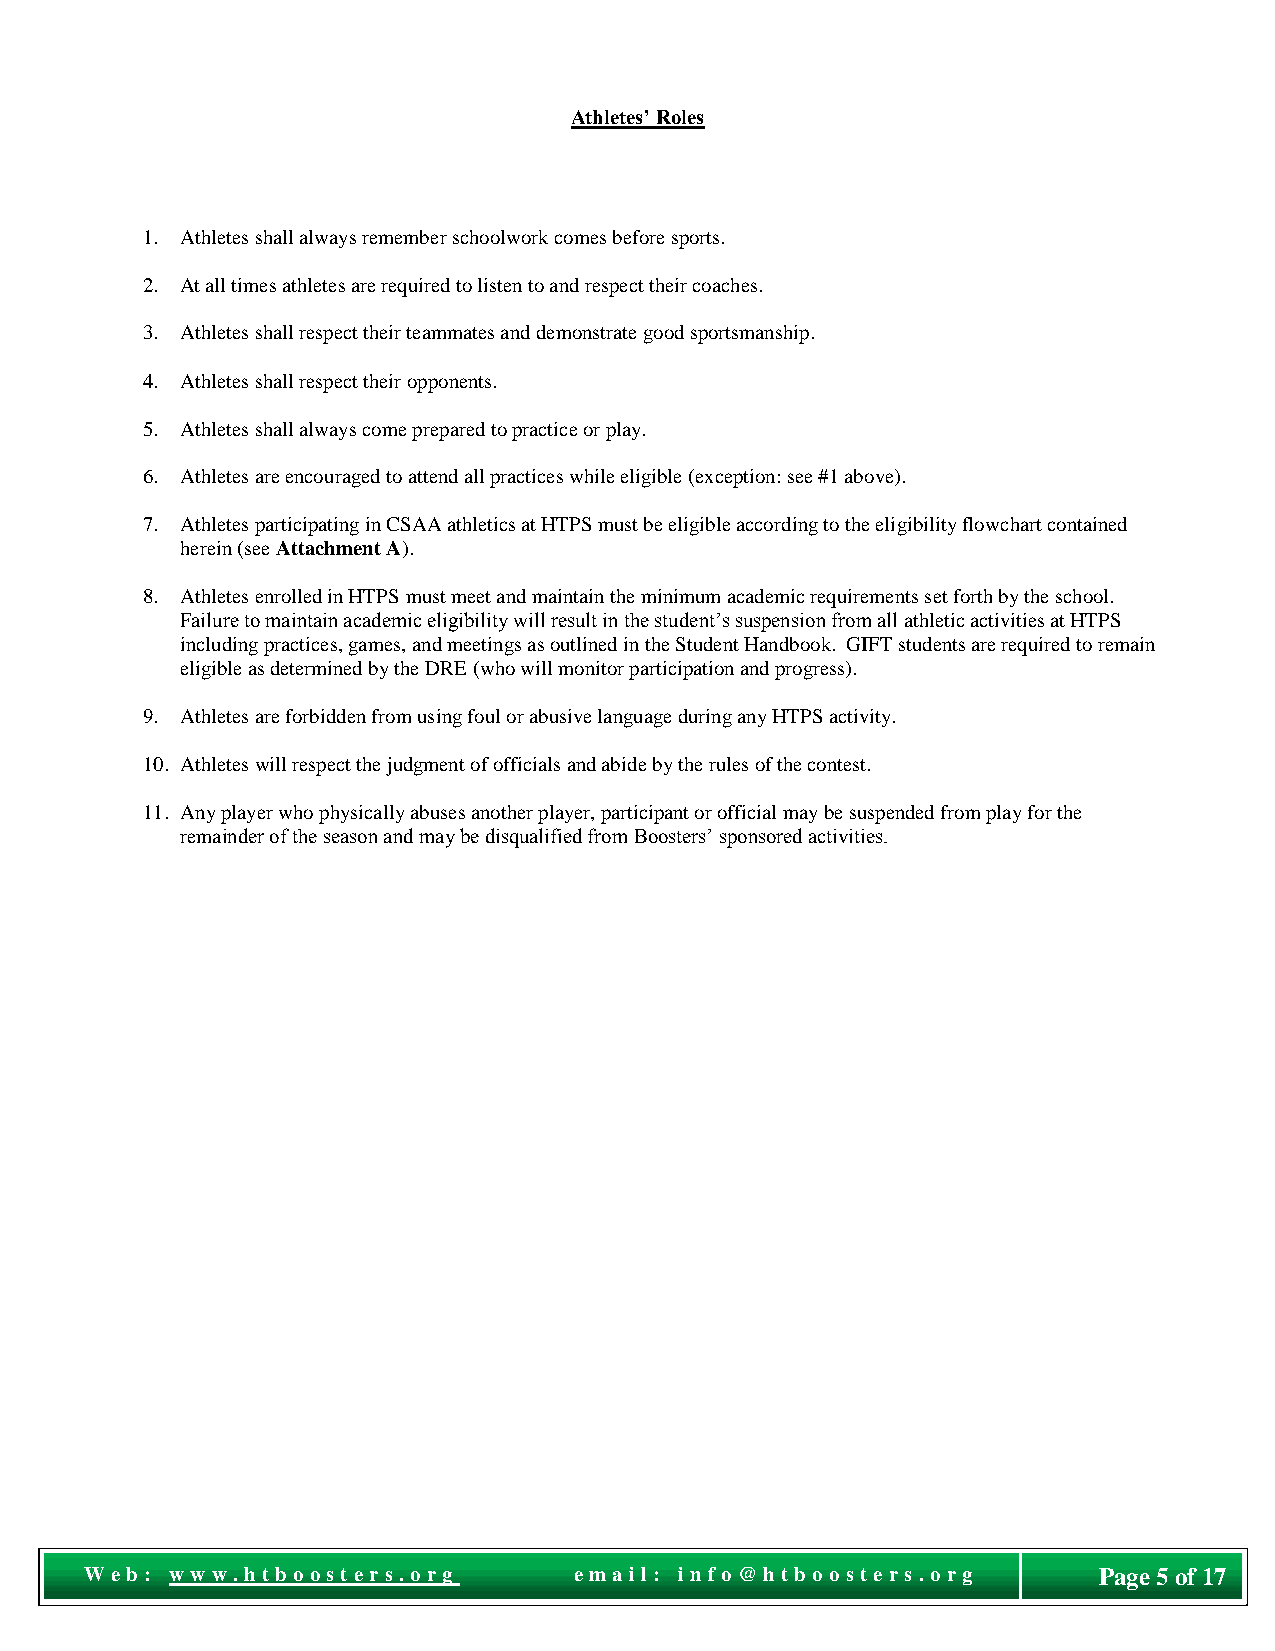
Athletes’ Roles
 1. Athletes shall always remember schoolwork comes before sports.
 2. At all times athletes are required to listen to and respect their coaches.
 3. Athletes shall respect their teammates and demonstrate good sportsmanship.
 4. Athletes shall respect their opponents.
 5. Athletes shall always come prepared to practice or play.
 6. Athletes are encouraged to attend all practices while eligible (exception: see #1 above).
 7. Athletes participating in CSAA athletics at HTPS must be eligible according to the eligibility flowchart contained
 herein (see Attachment A).
 8. Athletes enrolled in HTPS must meet and maintain the minimum academic requirements set forth by the school.
 Failure to maintain academic eligibility will result in the student’s suspension from all athletic activities at HTPS
 including practices, games, and meetings as outlined in the Student Handbook. GIFT students are required to remain
 eligible as determined by the DRE (who will monitor participation and progress).
 9. Athletes are forbidden from using foul or abusive language during any HTPS activity.
 10. Athletes will respect the judgment of officials and abide by the rules of the contest.
 11. Any player who physically abuses another player, participant or official may be suspended from play for the
 remainder of the season and may be disqualified from Boosters’ sponsored activities.
 Pag
 We b : w ww . ht boost e r s. o r g e ma il: i nf o @ht bo o st e r s. o r g Page 5 of 17